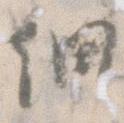
細